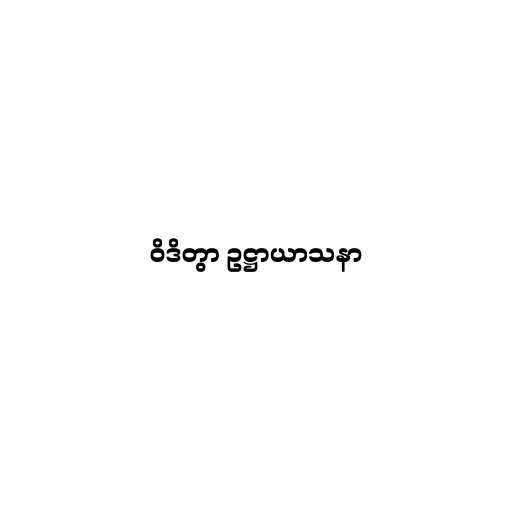
ဝိဒိတွာ ဥဋ္ဌာယာသနာ